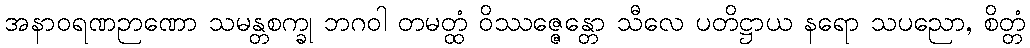
အနာဝရဏဉာဏော သမန္တစက္ခု ဘဂဝါ တမတ္ထံ ဝိဿဇ္ဇေန္တော သီလေ ပတိဋ္ဌာယ နရော သပညော, စိတ္တံ